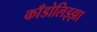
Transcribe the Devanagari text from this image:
काँडोलिझ्झा